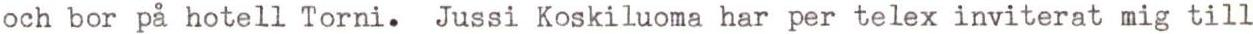
och bor på hotell Torni. Jussi Koskiluoma har per telex inviterat mig till